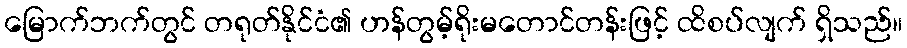
မြောက်ဘက်တွင် တရုတ်နိုင်ငံ၏ ဟန်တွမ့်ရိုးမတောင်တန်းဖြင့် ထိစပ်လျက် ရှိသည်။